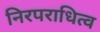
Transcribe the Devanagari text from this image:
निरपराधित्व